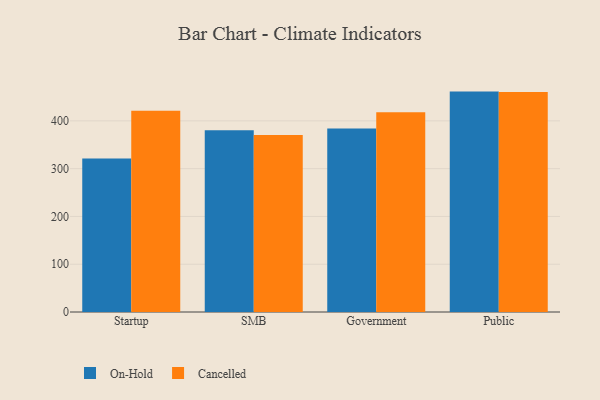
{"axis": {"x": "Segment", "y": "Active Users"}, "legend": ["Cancelled", "On-Hold"], "data": [{"x": "Startup", "y": 321.5, "type": "On-Hold"}, {"x": "Startup", "y": 421.1, "type": "Cancelled"}, {"x": "SMB", "y": 380.5, "type": "On-Hold"}, {"x": "SMB", "y": 370.4, "type": "Cancelled"}, {"x": "Government", "y": 384.0, "type": "On-Hold"}, {"x": "Government", "y": 417.9, "type": "Cancelled"}, {"x": "Public", "y": 461.3, "type": "On-Hold"}, {"x": "Public", "y": 460.6, "type": "Cancelled"}]}